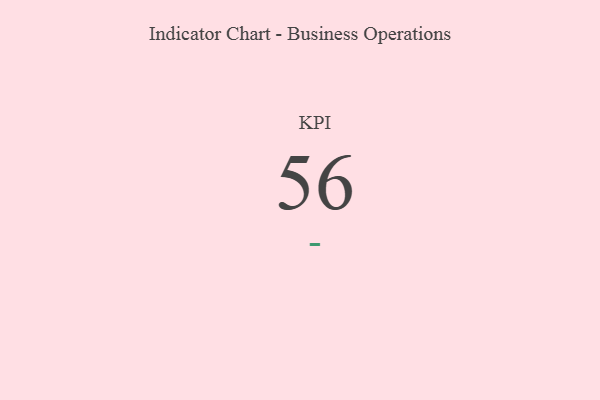
{"axis": {"x": "KPI", "y": "Value"}, "legend": [""], "data": [{"x": "KPI", "y": 56, "type": ""}]}